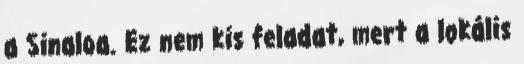
a Sinaloa. Ez nem kis feladat, mert a lokális